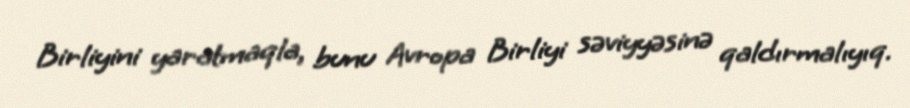
Birliyini yaratmaqla, bunu Avropa Birliyi səviyyəsinə qaldırmalıyıq.